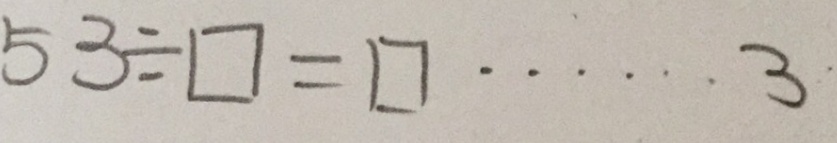
5 3 \div \square = \square \cdots 3